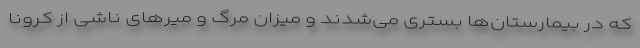
که در بیمارستان‌ها بستری می‌شدند و میزان مرگ و میرهای ناشی از کرونا